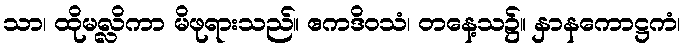
သာ၊ ထိုမလ္လိကာ မိဖုရားသည်။ ဧကဒိဝသံ၊ တနေ့သ၌။ နှာနကောဋ္ဌကံ၊